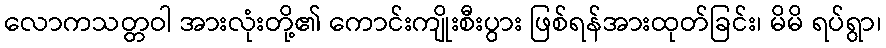
လောကသတ္တဝါ အားလုံးတို့၏ ကောင်းကျိုးစီးပွား ဖြစ်ရန်အားထုတ်ခြင်း၊ မိမိ ရပ်ရွာ၊